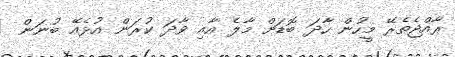
ރާއްޖެތެރޭ މީހުން ހާދަ ބޮޑަށް މާލެ އާއި ވާދަ ކުރަން އުޅެއޭ ބުނަން